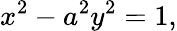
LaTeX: x^{2}-a^{2}y^{2}=1,